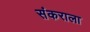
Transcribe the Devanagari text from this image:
संकराला